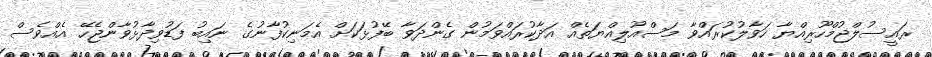
ރައީސުލްޖުމްހޫރިއްޔާ ހަވާލުކުރައްވާ މަސްއޫލިއްޔަތެއް އަދާކުރައްވަމުން ގެންދަވާ ބޭފުޅަކަށް އެމަނިކުފާނުގެ ނައިބު ފަޑުވިދާޅުވާންޖެހޭ އެއްވެސް